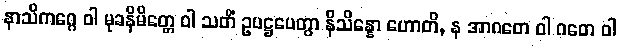
နာသိကဂ္ဂေ ဝါ မုခနိမိတ္တေ ဝါ သတိံ ဥပဋ္ဌပေတွာ နိသိန္နော ဟောတိ, န အာဂတေ ဝါ ဂတေ ဝါ